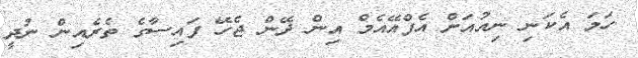
ހަމަ އެކަނި ނިއުއަށް އެފްއޭއެމް އިން ދޭން ޖެހޭ ފައިސާގެ ތެރެއިން ނުދީ